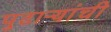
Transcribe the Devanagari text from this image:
पुढाऱ्यांची